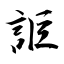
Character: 詎